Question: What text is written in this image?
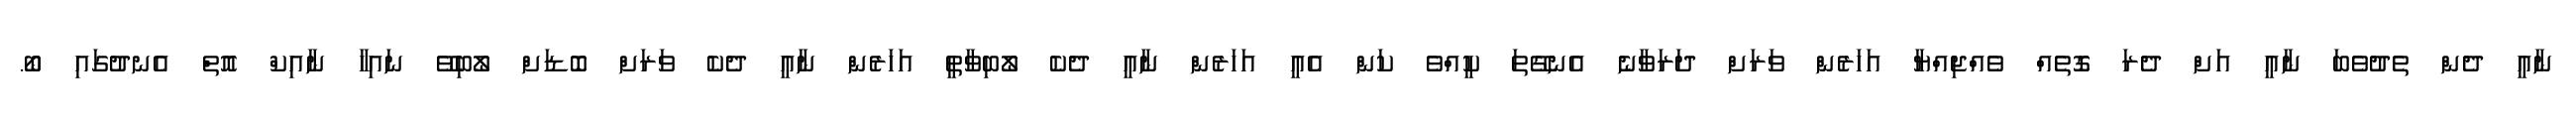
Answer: ނާއީ ދެން ތެދުވެބަ ނާއީ އަށް ދެރަ ގޮތެއް ވެއްޖިއްޔާ އަހަރެން ވަރަށް ދަރަވާނެ އެނގޭތަ ކީއްވެ ކަން އެއީ އަހަރެން ނާއީ ދެކެ ލޯބިވާތީ އަހަރެން ނާއީ ދެކެ ވަރަށް ބޮޑަށް ލޯބިވޭ ނައިހާ ނާއިކް އޮތް އެނދުގައި ބޯ.